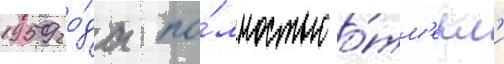
1959 го́да по́лностью о́тм'ерл'и